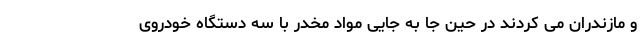
و مازندران می کردند در حین جا به جایی مواد مخدر با سه دستگاه خودروی